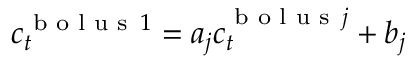
\boldsymbol { c } _ { t } ^ { \textup { b o l u s } \, 1 } = a _ { j } \boldsymbol { c } _ { t } ^ { \textup { b o l u s } \, j } + b _ { j }